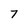
Character: 7